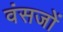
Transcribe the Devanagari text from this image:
वंसजों